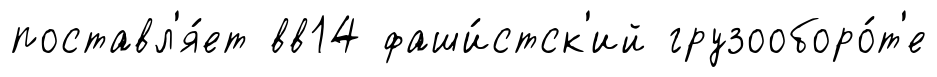
поставл'я́ет вв14 фаши́стск'ий грузооборо́т'е